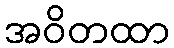
အဝိတထာ